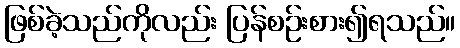
ဖြစ်ခဲ့သည်ကိုလည်း ပြန်စဉ်းစား၍ရသည်။